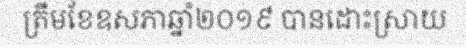
ត្រឹមខែឧសភាឆ្នាំ២០១៩ បានដោះស្រាយ